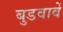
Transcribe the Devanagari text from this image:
बुडवावें